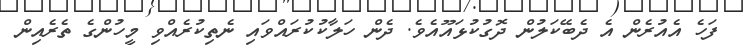
ފަހެ އެއުރެން އެ ދެބޭކަލުން ދޮގުކުޅައޫއެވެ. ދެން ހަލާކުކުރައްވައި ނެތިކުރެއްވި މީހުންގެ ތެރެއިން